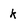
Character: k